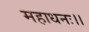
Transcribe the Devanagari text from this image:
महाधनः।।